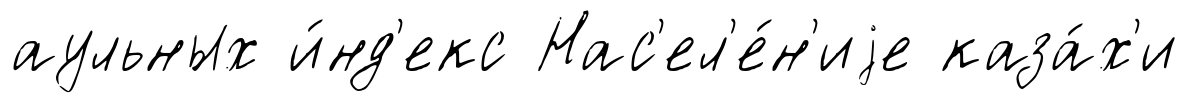
аульных и́нд'екс Нас'ел'е́н'иjе каза́х'и